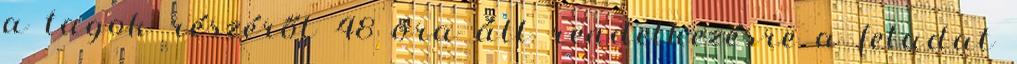
a tagok részéről 48 óra áll rendelkezésre a feladat